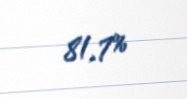
81,7%